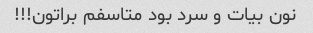
نون بیات و سرد بود متاسفم براتون!!!